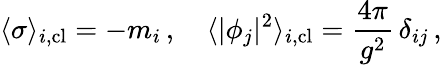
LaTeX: \langle\sigma\rangle_{i,\mathrm{cl}}=-m_{i}\, ,\quad\langle|\phi_{j}|^{2}\rangle_{i,\mathrm{cl}}={\frac{4\pi}{g^{2}}}\, \delta_{ij}\, ,